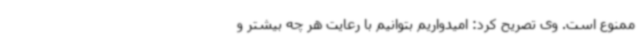
ممنوع است. وی تصریح کرد: امیدواریم بتوانیم با رعایت هر چه بیشتر و